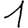
Digit: 1